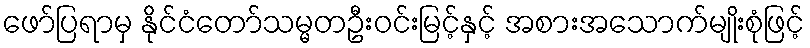
ဖော်ပြရာမှ နိုင်ငံတော်သမ္မတဦးဝင်းမြင့်နှင့် အစားအသောက်မျိုးစုံဖြင့်